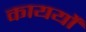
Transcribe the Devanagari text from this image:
कायर्यों